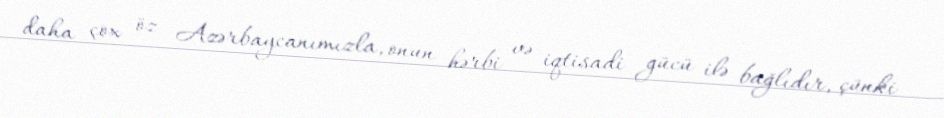
daha çox öz Azərbaycanımızla, onun hərbi və iqtisadi gücü ilə bağlıdır, çünki